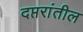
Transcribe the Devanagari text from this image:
दप्तरांतील